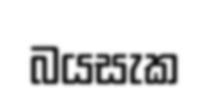
බයසැක